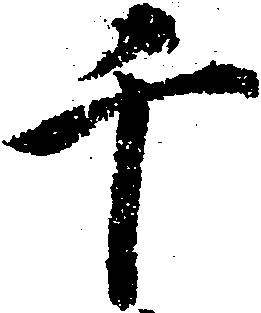
千